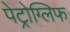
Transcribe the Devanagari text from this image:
पेट्रोग्लिफ